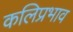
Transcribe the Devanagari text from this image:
कलिप्रभाव